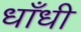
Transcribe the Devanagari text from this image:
धाँधी